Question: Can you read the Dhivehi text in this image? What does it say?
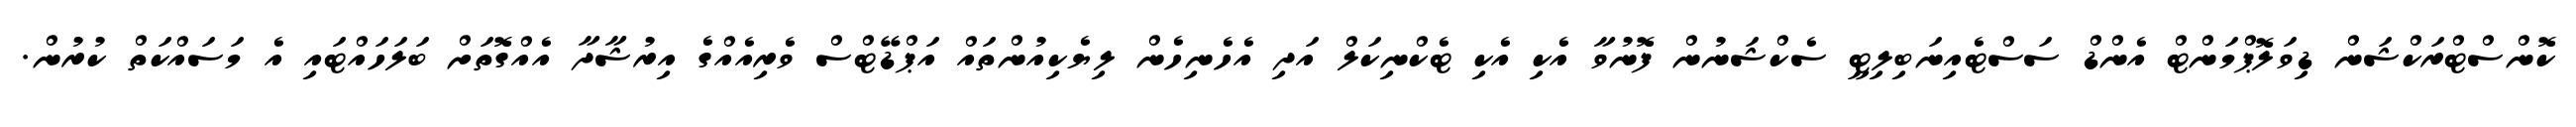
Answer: ކޮންސްޓްރަކްޝަން ޑިވަލޮޕްމަންޓް އެންޑް ސަސްޓެއިނަބިލިޓީ ސެކްޝަނުން ފޮނުވާ އެކި އެކި ޓެކްނިކަލް އަދި އެހެނިހެން ލިޔެކިއުންތައް އަޕްޑޭޓްސް ވެރިއެއްގެ އިރުޝާދާ އެއްގޮތަށް ބަލަހައްޓައި އެ މަސައްކަތް ކުރުން.